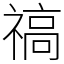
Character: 禞